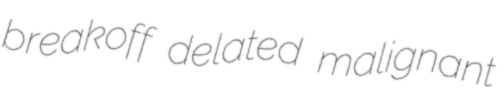
breakoff delated malignant